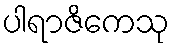
ပါရာဇိကေသု